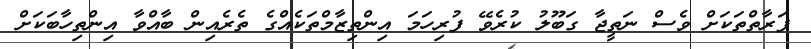
ފަރާތްތަކަށް ވެސް ނަތީޖާ ގަބޫލު ކުރެވޭ ފުރިހަމަ އިންތިޒާމްތަކެއްގެ ތެރެއިން ބާއްވާ އިންތިހާބަކަށް